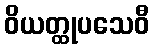
ဝိယတ္ထုပသေဝီ